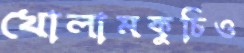
খোলামকুচিও